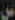
س